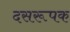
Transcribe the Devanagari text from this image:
दसरूपक